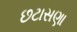
છટાસણા